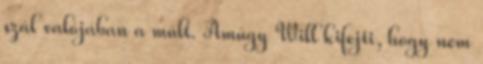
szál valójában a múlt. Amúgy Will kifejti, hogy nem